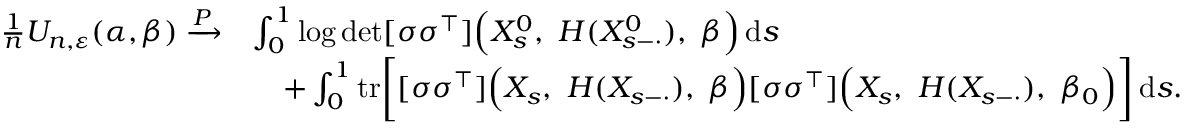
\begin{array} { r l } { \frac { 1 } { n } U _ { n , \varepsilon } ( \alpha , \beta ) \xrightarrow { P } } & { \int _ { 0 } ^ { 1 } \log \operatorname* { d e t } [ \sigma \sigma ^ { \top } ] \Bigl ( X _ { s } ^ { 0 } , ~ H ( X _ { s - \cdot } ^ { 0 } ) , ~ \beta \Bigr ) \, \mathrm { d } s } \\ & { \quad + \int _ { 0 } ^ { 1 } \mathrm { t r } \bigg [ [ \sigma \sigma ^ { \top } ] \Bigl ( X _ { s } , ~ H ( X _ { s - \cdot } ) , ~ \beta \Bigr ) [ \sigma \sigma ^ { \top } ] \Bigl ( X _ { s } , ~ H ( X _ { s - \cdot } ) , ~ \beta _ { 0 } \Bigr ) \bigg ] \, \mathrm { d } s . } \end{array}